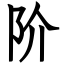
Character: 阶